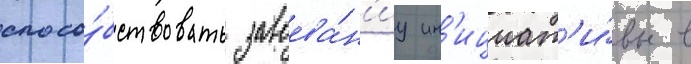
спосо́бствовать завоева́н'иу ин'ициат'и́вы в